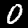
Label: 0